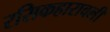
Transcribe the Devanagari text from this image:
रसिकहारावली